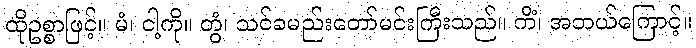
ထိုဥစ္စာဖြင့်။ မံ၊ ငါ့ကို။ တွံ၊ သင်ခမည်းတော်မင်းကြီးသည်။ ကိံ၊ အဘယ်ကြောင့်။